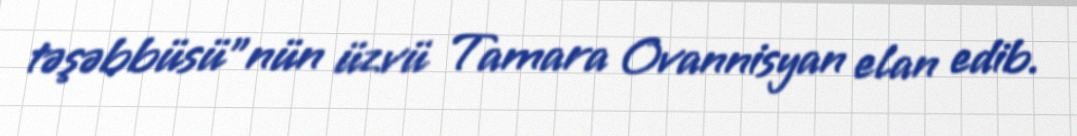
təşəbbüsü”nün üzvü Tamara Ovannisyan elan edib.